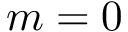
m = 0